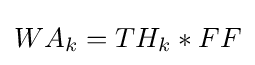
WA_{k}=TH_{k}*FF